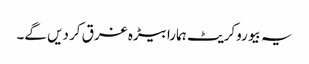
یہ بیوروکریٹ ہمارا بیڑہ غرق کر دیں گے۔